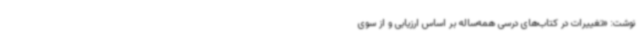
نوشت: «تغییرات در کتاب‌های درسی همه‌ساله بر اساس ارزیابی و از سوی